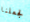
لجعلنا